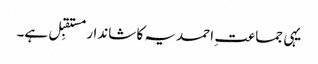
یہی جماعت ِ احمدیہ کا شاندار مستقبِل ہے۔